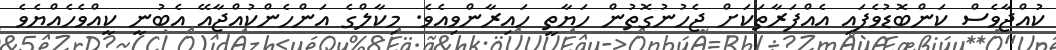
ކުއްޖާވެސް ކަންބޮޑުވެފައި އެއްފަރާތަކަށް ޖެހުނުގޮތުން ހަޔާތީ ހައިރާންވިއެވެ. މިކާލްގެ އަންހެންކުއްޖާއޭ އެބުނީ ކީއްވެހެއްޔެވެ